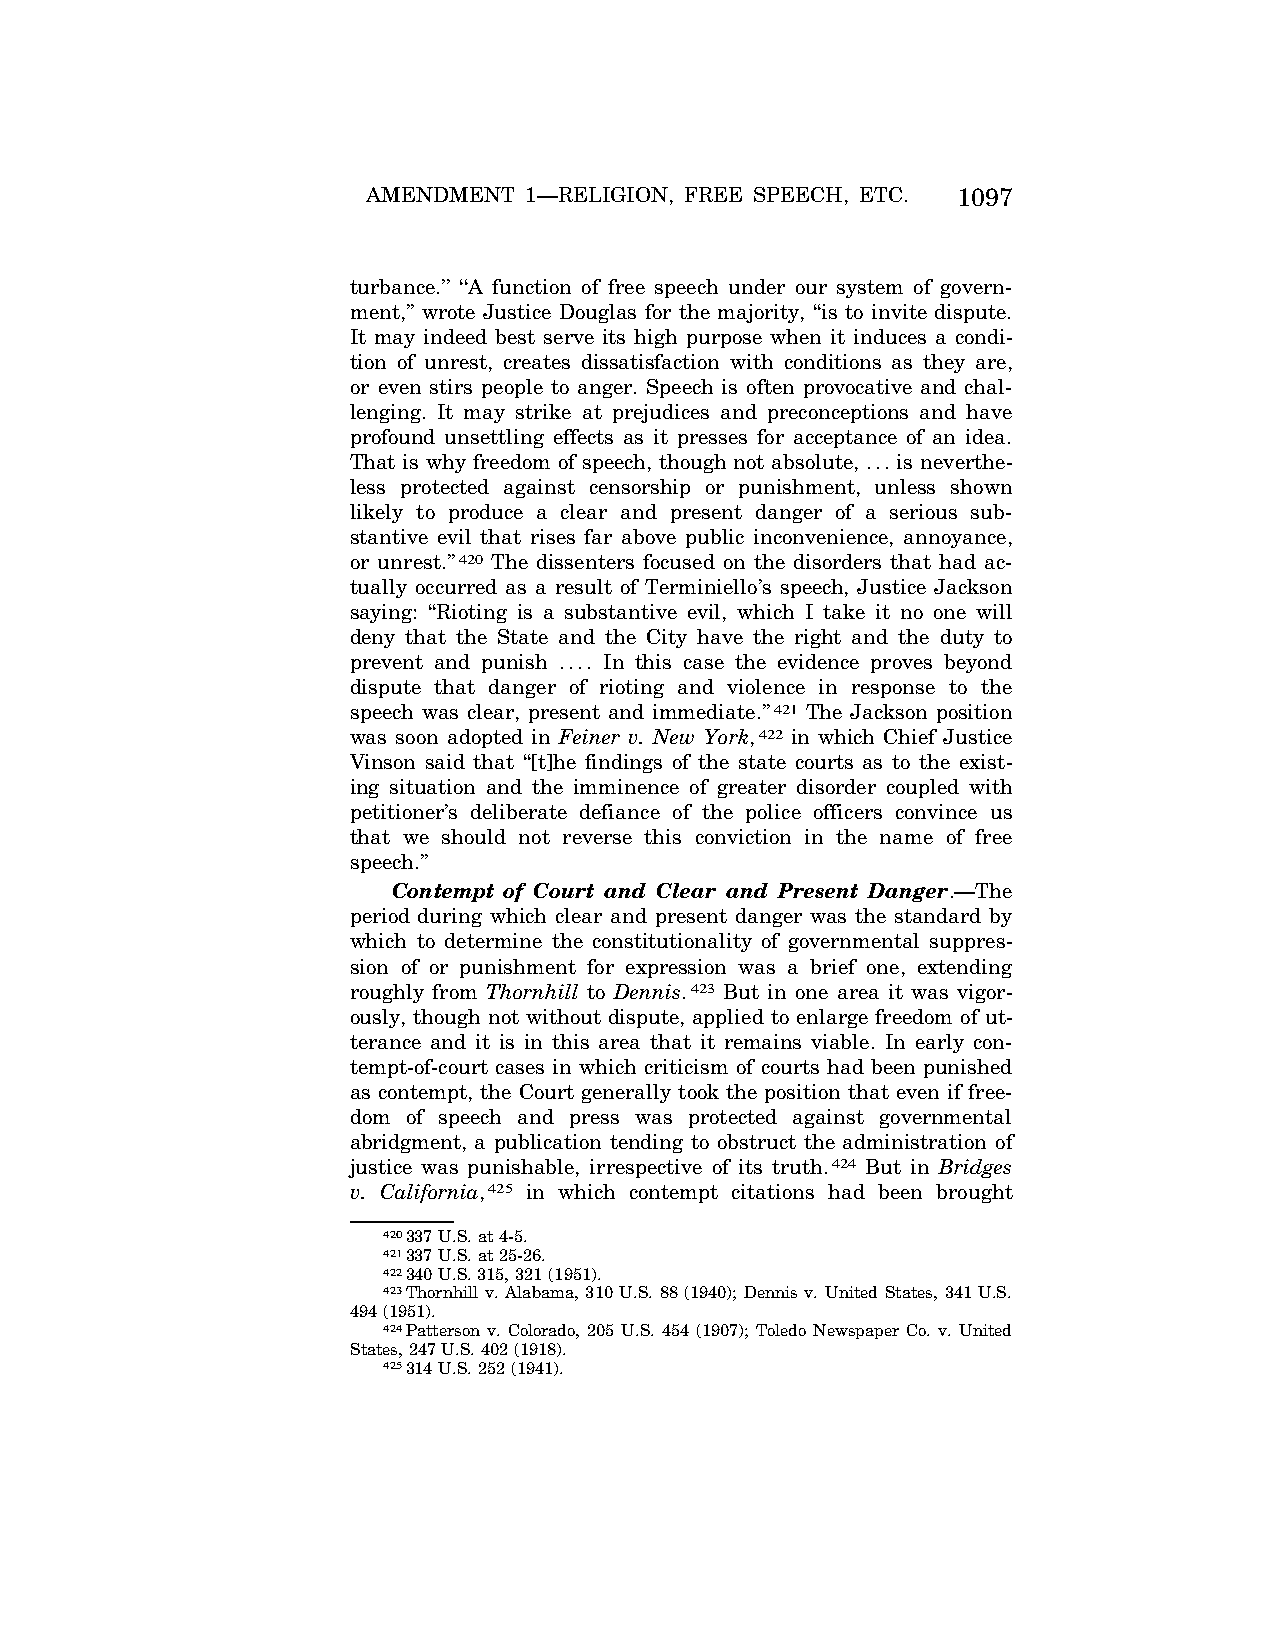
AMENDMENT  1—RELIGION, FREE SPEECH, ETC. 1097
 turbance.’’ ‘‘A function of free speech under our system of govern-
 ment,’’ wrote Justice Douglas for the majority, ‘‘is to invite dispute.
 It may indeed best serve its high purpose when it induces a condi-
 tion of unrest, creates dissatisfaction with conditions as they are,
 or even stirs people to anger. Speech is often provocative and chal-
 lenging. It may strike at prejudices and preconceptions and have
 profound unsettling effects as it presses for acceptance of an idea.
 That is why freedom of speech, though not absolute, ... is neverthe-
 less protected against censorship or punishment, unless shown
 likely to produce a clear and present danger of a serious sub-
 stantive evil that rises far above public inconvenience, annoyance,
 or unrest.’’420 The dissenters focused on the disorders that had ac-
 tually occurred as a result of Terminiello’s speech, Justice Jackson
 saying: ‘‘Rioting is a substantive evil, which I take it no one will
 deny that the State and the City have the right and the duty to
 prevent and punish .... In this case the evidence proves beyond
 dispute that danger of rioting and violence in response to the
 speech was clear, present and immediate.’’421 The Jackson position
 was soon adopted in Feiner v. New York,422 in which Chief Justice
 Vinson said that ‘‘[t]he findings of the state courts as to the exist-
 ing situation and the imminence of greater disorder coupled with
 petitioner’s deliberate defiance of the police officers convince us
 that we should not reverse this conviction in the name of free
 speech.’’
 Contempt of Court and Clear and Present Danger.—The
 period during which clear and present danger was the standard by
 which to determine the constitutionality of governmental suppres-
 sion of or punishment for expression was a brief one, extending
 roughly from Thornhill to Dennis.423 But in one area it was vigor-
 ously, though not without dispute, applied to enlarge freedom of ut-
 terance and it is in this area that it remains viable. In early con-
 tempt-of-court cases in which criticism of courts had been punished
 as contempt, the Court generally took the position that even if free-
 dom of speech and press was protected against governmental
 abridgment, a publication tending to obstruct the administration of
 justice was punishable, irrespective of its truth.424 But in Bridges
 v. California,425 in which contempt citations had been brought
 420337 U.S. at 4-5.
 421337 U.S. at 25-26.
 422340 U.S. 315, 321 (1951).
 423Thornhill v. Alabama, 310 U.S. 88 (1940); Dennis v. United States, 341 U.S.
 494 (1951).
 424Patterson v. Colorado, 205 U.S. 454 (1907); Toledo Newspaper Co. v. United
 States, 247 U.S. 402 (1918).
 425314 U.S. 252 (1941).
 VerDate Apr<15>2004 08:57 Jun 25, 2004 Jkt 077500 PO 00000 Frm 00085 Fmt 8222 Sfmt 8222 C:\CONAN\CON024.SGM PRFM99 PsN: CON024